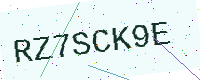
Text: RZ7SCK9E